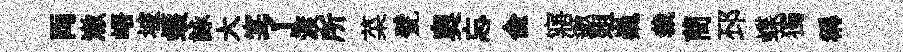
両澈峿坡蠖詠大宴了渡所菜甓奧忘兪寤邀爼巍裁蕳邳蝶獨稱